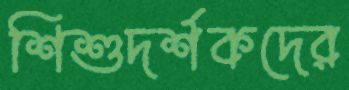
শিশুদর্শকদের